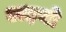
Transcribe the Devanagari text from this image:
अइयो